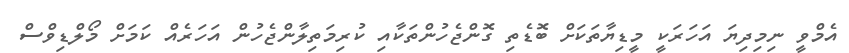
އެމްވީ ނިމިދިޔަ އަހަރަކީ މީޑިޔާތަކަށް ބޮޑެތި ގޮންޖެހުންތަކާއި ކުރިމަތިލާންޖެހުން އަހަރެއް ކަމަށް މޯލްޑިވްސް